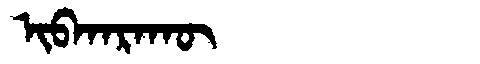
Manchu: ᡳᠪᡴᠠᡵᠠᡴᡡ
Romanization: IBKARAKŪ